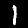
Digit: 1